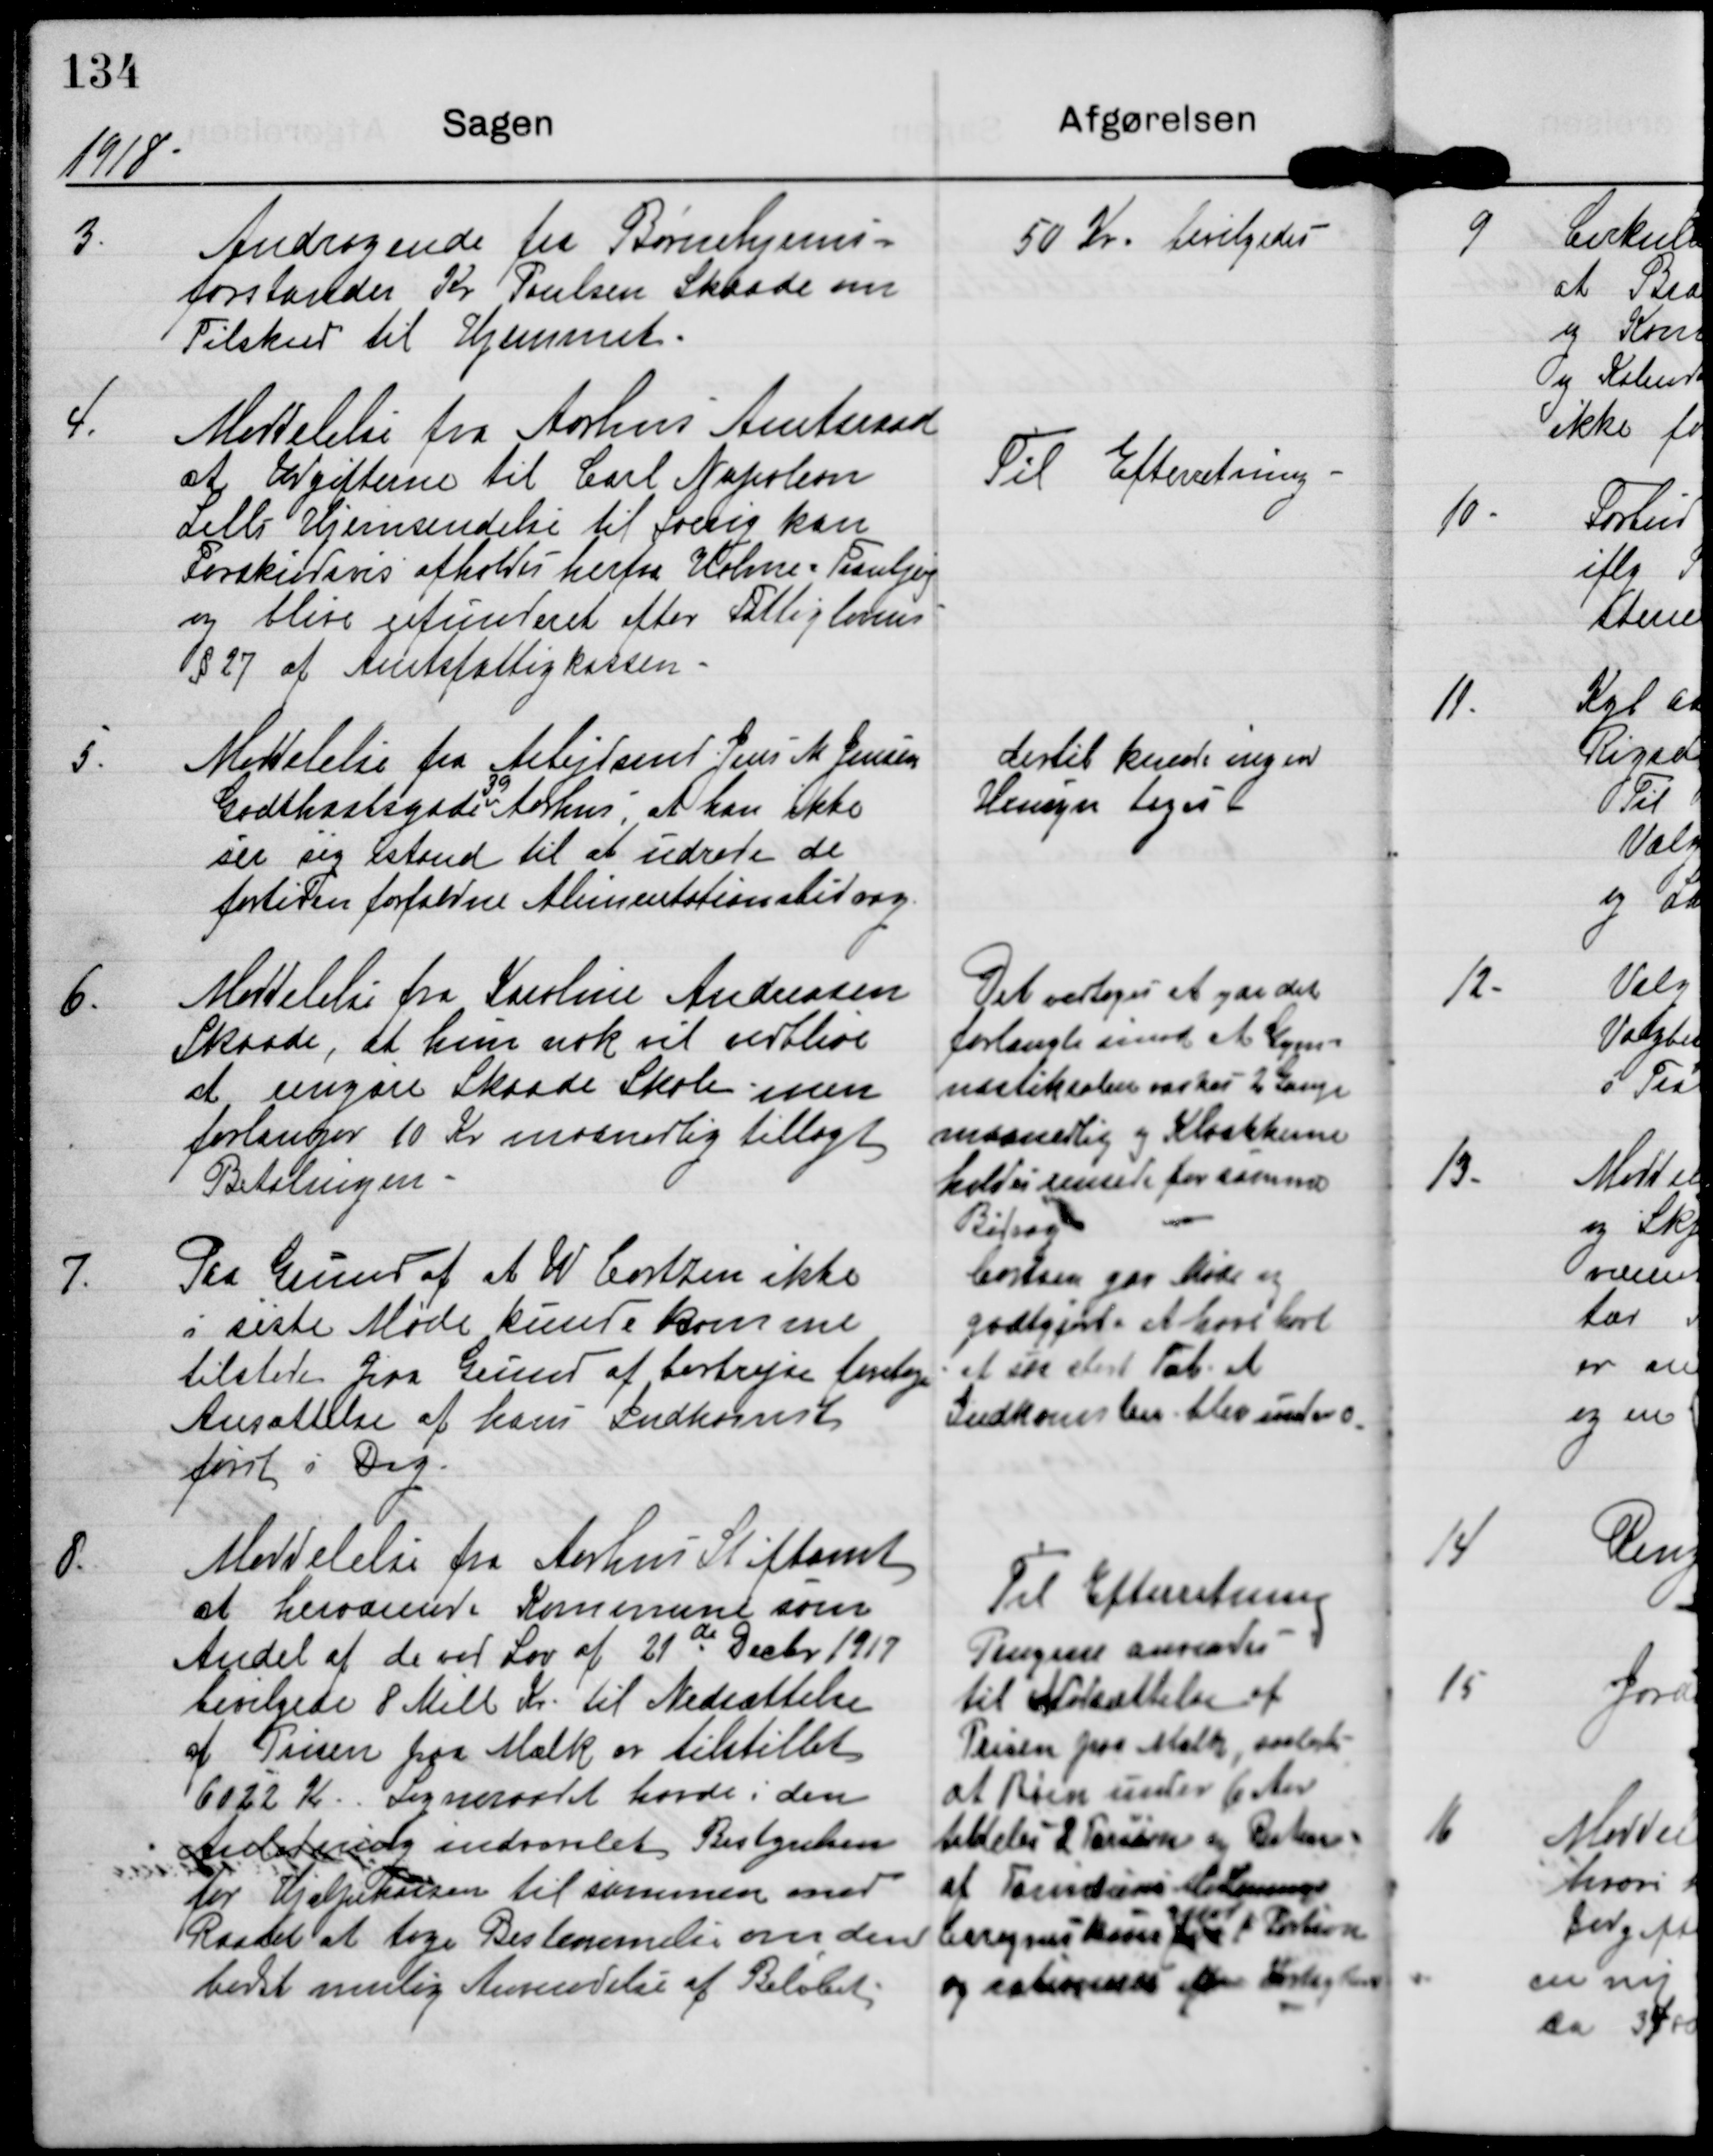
Transskription:
1918

3.

Andragende fra Børnehjems-
forstander Kr. Poulsen Skaade om
Tilskud til Hjemmet.

50 Kr. bevilgedes

4.

Meddelelse fra Aarhus Amtsraad
at Udgifterne til Carl Napoleon
Leths Hjemsendelse til Sverig kan
Forskudsvis afholdes herfra Holme-Tranbjerg
og blive refunderet efter Fattigloven
§27 af Amtsfattigkassen.

Til Efterretning

5.

Meddelelse fra Arbejdsmd. Jens M. Jensen
39
Godthaabsgade Aarhus, at han ikke
ser sig istand til at udrede de
fortiden forfaldne Alimentationsbidrag.

dertil kunde ingen
Hensyn tages.

6.

Meddelelse fra Karoline Andreasen
Skaade, at hun nok vil vedblive
at rengøre Skaade Skole, men
forlanger 10 Kr maanedlig tillagt
Betalingen.

Det vedtages at yde det
forlangte imod at Gym-
nastiksalen vaskes 2 Gange
maanedlig og Kloakkerne
holdes rensede for samme
Bidrag.

7.

Paa Grund af at W. Cortzen ikke
i siste Møde kunde komme
tilstede paa Grund af bortrejse foretages
Ansættelse af hans Indkomst
først i Dag.

Cortzen gav Møde og
godtgjorde at have hørt
at en stor Tak at
Indkomsten blev mindre

8.

Meddelelse fra Aarhus Stiftamt
at herværende Kommune som
Andel af de ved Lov af 21de Decbr 1917
bevilgede 8 Mill Kr. til Nedsættelse
af Prisen paa Mælk er tilstillet
6022 Kr. Sogneraadet havde i den
Anledning indindvarslet Bestyrelsen
for Hjælpekassen til sammen med
Raadet at tage Bestemmelse om den
bedst mulig Anvendelse af Beløbet.

Til Efterretning
Pengene anvendes
til Nedsættelse af
Prisen paa Mælk, saaledes
at Børn under 6 Aar
tildeles 2 ?
af ?
C?
og ?